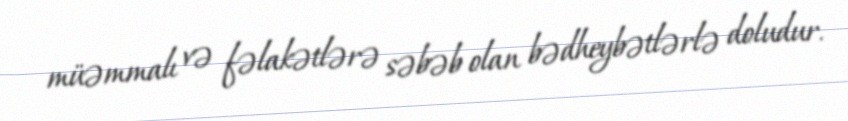
müəmmalı və fəlakətlərə səbəb olan bədheybətlərlə doludur.